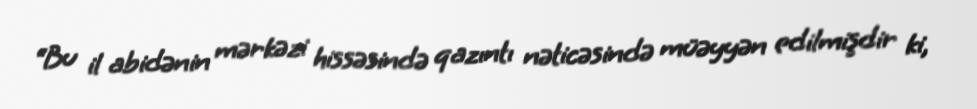
“Bu il abidənin mərkəzi hissəsində qazıntı nəticəsində müəyyən edilmişdir ki,